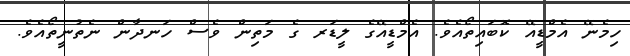
ހިމެނޭ އެމްޑީއޭ ކޮބައިތޯއެވެ. އެމްޑީއޭގެ ލީޑަރ ގެ މަތިން ވެސް ހަނދާން ނެތުނީތޯއެވެ.